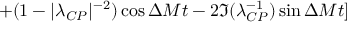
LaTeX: + ( 1 - | \lambda _ { C P } | ^ { - 2 } ) \cos \Delta M t - 2 \Im ( \lambda _ { C P } ^ { - 1 } ) \sin \Delta M t ]